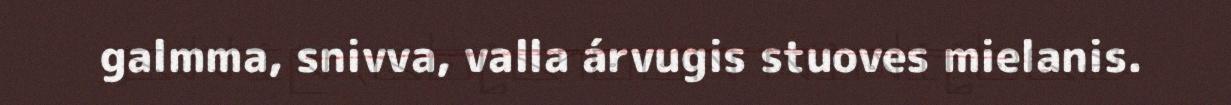
galmma, snivva, valla árvugis stuoves mielanis.